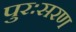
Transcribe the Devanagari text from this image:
पुरःसरण